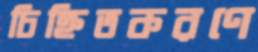
চিহ্নিতকরণে